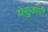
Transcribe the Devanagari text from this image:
येसुकारी